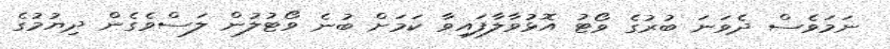
ނަމަވެސް ދެވަނަ ބުރުގެ ވޯޓު އޮޅުވާލާފައިވާ ކަމަށް ބުނެ ވޯޓުލުން ލަސްވެގެން ދިޔުމުގެ